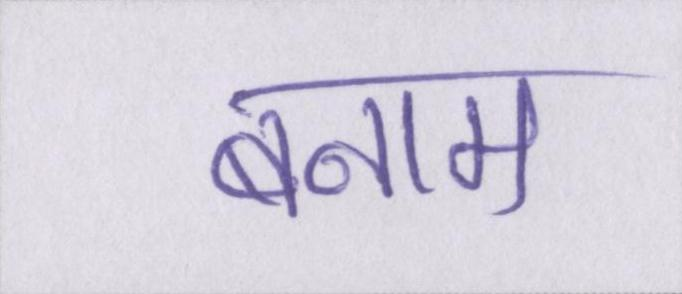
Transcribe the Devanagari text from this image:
बनाम